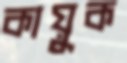
কায়ুক